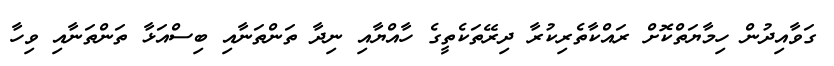
ގަވާއިދުން ހިމާޔަތްކޮށް ރައްކާތެރިކުރާ ދިރޭތަކެތީގެ ހާއްޔާއި ނިދާ ތަންތަނާއި ބިސްއަޅާ ތަންތަނާއި ވިހާ